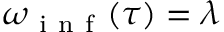
\omega _ { \mathrm { ~ i ~ n ~ f ~ } } ( \tau ) = \lambda